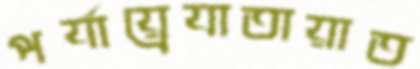
পর্যায়্রেযাতায়াত